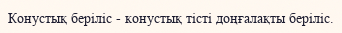
Конустық беріліс - конустық тісті доңғалақты беріліс.